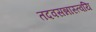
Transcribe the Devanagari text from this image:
तदवसन्नास्त्वयि